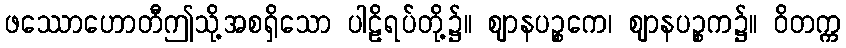
ဖဿောဟောတီဤသို့အစရှိသော ပါဠိရပ်တို့၌။ ဈာနပဉ္စကေ၊ ဈာနပဉ္စက၌။ ဝိတက္က